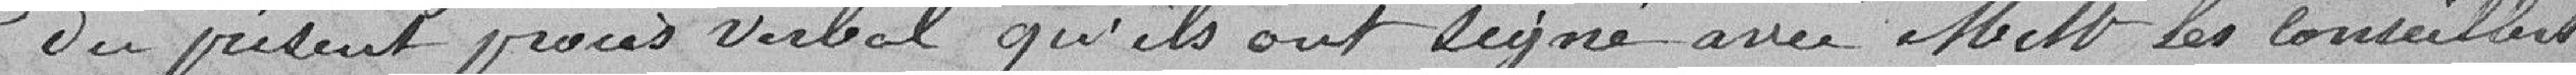
du présent procès verbal qu'ils ont signé avec M M les conseillers